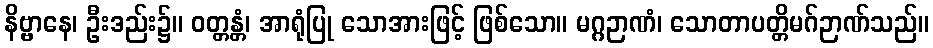
နိဗ္ဗာနေ၊ ဦးဒည်း၌။ ဝတ္တန္တံ၊ အာရုံပြု သောအားဖြင့် ဖြစ်သော။ မဂ္ဂဉာဏံ၊ သောတာပတ္တိမဂ်ဉာဏ်သည်။